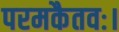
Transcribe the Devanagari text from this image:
परमकैतवः।